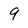
Character: 9